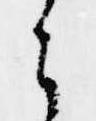
こ